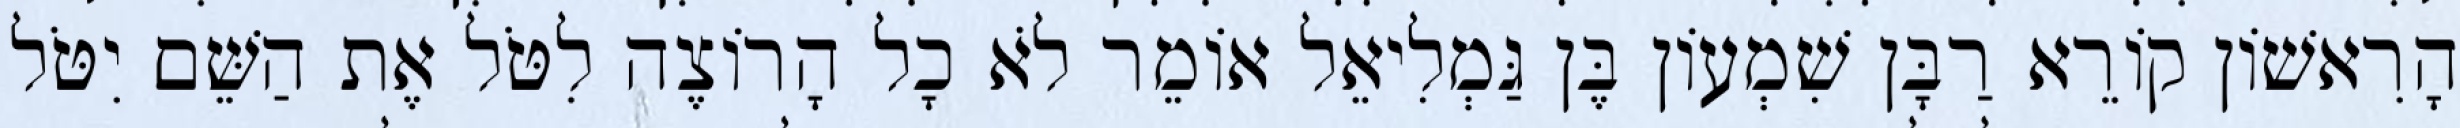
הָרִאשׁוֹן קוֹרֵא רַבָּן שִׁמְעוֹן בֶּן גַּמְלִיאֵל אוֹמֵר לֹא כָל הָרוֹצֶה לִטֹּל אֶת הַשֵּׁם יִטֹּל